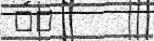
٤٥